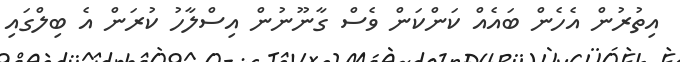
އިތުރުން އެހެން ބައެއް ކަންކަން ވެސް ގާނޫނުން އިސްލާހު ކުރަން އެ ބިލްގައި